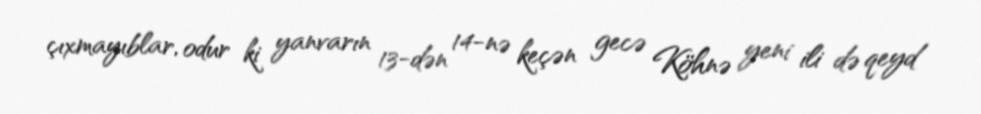
çıxmayıblar, odur ki yanvarın 13-dən 14-nə keçən gecə Köhnə yeni ili də qeyd